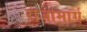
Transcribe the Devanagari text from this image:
राजामार्ग